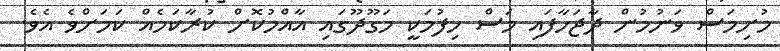
މުށިމަސް ވަނުމުން ދާޖަހާފައި މަސް ހިފުމަކީ މަގޫދޫގައި އާއްމުކޮށް ކުރާކަމެއް ކަމަށްވެ އެވެ.